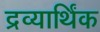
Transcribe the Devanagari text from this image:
द्रव्यार्थिंक